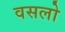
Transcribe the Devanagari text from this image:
वसलो